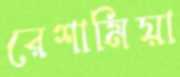
রেশামিয়া